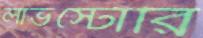
লাভস্টোরি